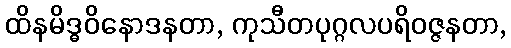
ထိနမိဒ္ဓဝိနောဒနတာ, ကုသီတပုဂ္ဂလပရိဝဇ္ဇနတာ,